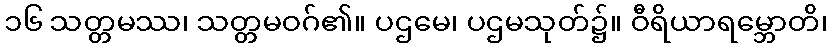
၁၆ သတ္တမဿ၊ သတ္တမဝဂ်၏။ ပဌမေ၊ ပဌမသုတ်၌။ ဝီရိယာရမ္ဘောတိ၊